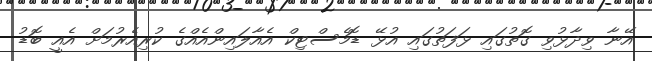
އޭނާ ވިދާޅުވި ގޮތުގައި ޅަފަތުގައި އުޅޭ ޑޮމެސްޓިކް އެއާލައިންއެއްގެ ކުރިއެރުމަށް އެއީ ބޮޑު